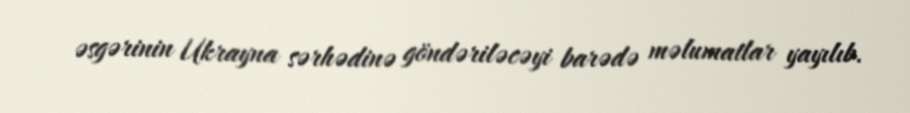
əsgərinin Ukrayna sərhədinə göndəriləcəyi barədə məlumatlar yayılıb.